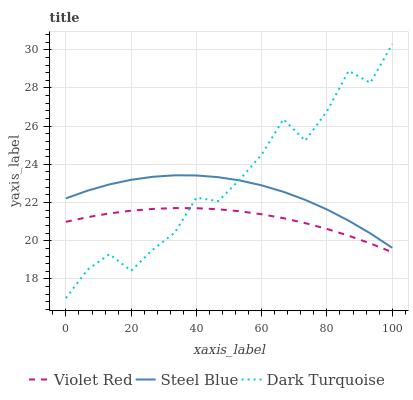
| xaxis_label | Violet Red | Steel Blue | Dark Turquoise |
 | --- | --- | --- | --- |
 | 0 | 21 | 22.2 | 17 |
 | 6.67 | 21.2 | 22.6 | 18.5 |
 | 13.3 | 21.4 | 22.9 | 19.3 |
 | 20 | 21.6 | 23.2 | 18.4 |
 | 26.7 | 21.7 | 23.3 | 19.5 |
 | 33.3 | 21.7 | 23.4 | 20.4 |
 | 40 | 21.7 | 23.4 | 22.3 |
 | 46.7 | 21.6 | 23.3 | 22.1 |
 | 53.3 | 21.5 | 23.2 | 23.2 |
 | 60 | 21.4 | 22.9 | 24.5 |
 | 66.7 | 21.2 | 22.6 | 26.4 |
 | 73.3 | 20.9 | 22.1 | 25.2 |
 | 80 | 20.6 | 21.6 | 26.8 |
 | 86.7 | 20.3 | 21.1 | 28.9 |
 | 93.3 | 19.9 | 20.4 | 28.3 |
 | 100 | 19.4 | 19.6 | 30.3 |